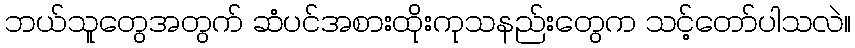
ဘယ်သူတွေအတွက် ဆံပင်အစားထိုးကုသနည်းတွေက သင့်တော်ပါသလဲ။